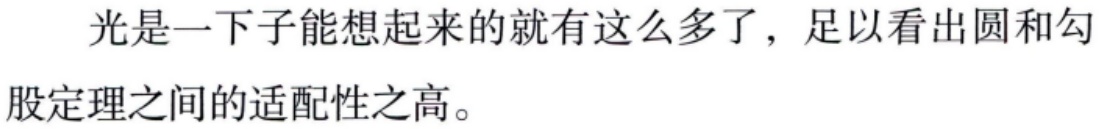
光是一下子能想起来的就有这么多了，足以看出圆和勾股定理之间的适配性之高。